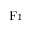
\mathrm { F r }